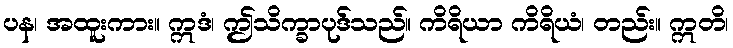
ပန၊ အထူးကား။ ဣဒံ၊ ဤသိက္ခာပုဒ်သည်။ ကိရိယာ ကိရိယံ၊ တည်း။ ဣတိ၊